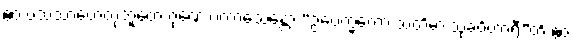
ဧဝံ ပသံသာဟေတုဘူတေ ဂုဏေ ပကာသေန္တော “ဥပေက္ခကော သတိမာ သုခဝိဟာရီ”တိ ဧဝံ